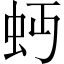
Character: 𧉄